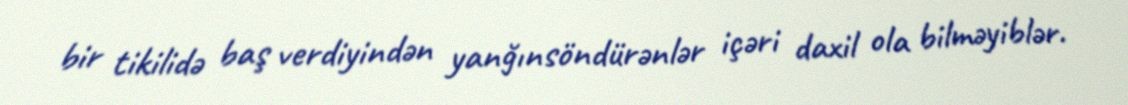
bir tikilidə baş verdiyindən yanğınsöndürənlər içəri daxil ola bilməyiblər.